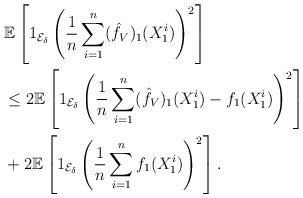
LaTeX: \begin{align*} &\mathbb{E}\left[ 1_{\mathcal{E}_\delta}\left(\frac{1}{n} \sum_{i=1}^n(\hat{f}_{V})_1(X_1^i)\right) ^2\right] \\ &\leq 2\mathbb{E}\left[1_{\mathcal{E}_\delta} \left(\frac{1}{n}\sum_{i=1}^n(\hat{f}_{V})_1(X_1^i)-f_1(X_1^i)\right) ^2\right]\\ &+2\mathbb{E}\left[1_{\mathcal{E}_\delta} \left(\frac{1}{n}\sum_{i=1}^nf_1(X_1^i)\right) ^2\right].\end{align*}